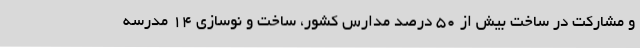
و مشارکت در ساخت بیش از 50 درصد مدارس کشور، ساخت و نوسازی 14 مدرسه